Senior Leaving Certificate Examination (including Day School Certificate (Higher) General paper), 1948
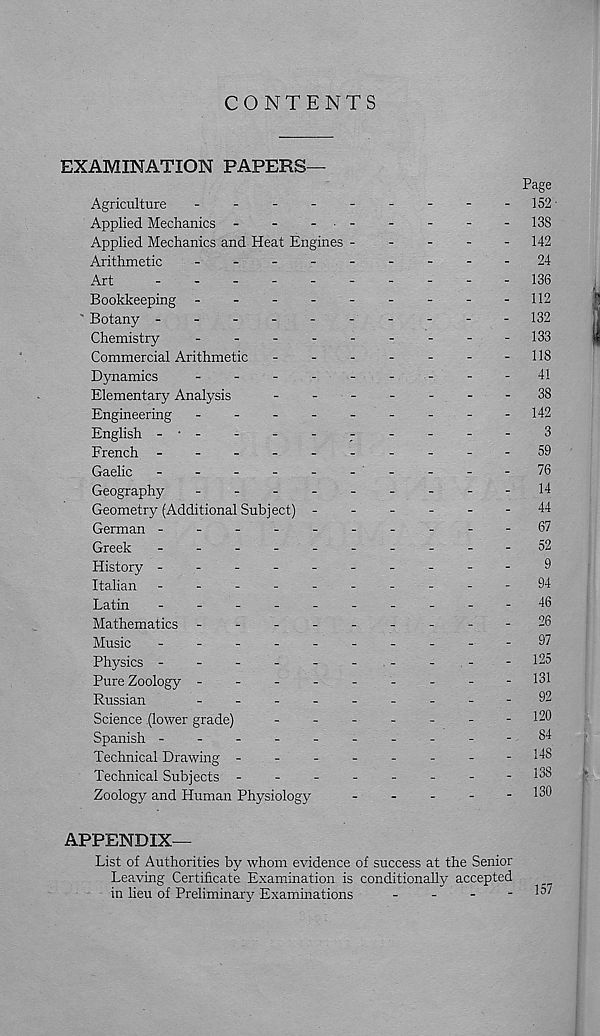
CONTENTS
EXAMINATION PAPERS—
Page
Agriculture
-
-
-
-152
Applied Mechanics -
-
- • -
-
-
-
-138
Applied Mechanics and Heat Engines
142
Arithmetic
24
Art
---136
Bookkeeping -
-
-
-
-
-
-
-
-112
Botany ---------
- 132
Chemistry
-
--
--
--
--133
Commercial Arithmetic
-
-
-
-
-
-
-118
Dynamics
-
-
-
-
-
-
-
-
-41
Elementary Analysis
-
--
--
--38
Engineering -
--
--
--
-- 142
English -
-
-
-
-
-
-
-
-
3
French ----------
59
Gaelic
-
-
-
-76
Geography
-
--
--
--
--14
Geometry (Additional Subject) ------
44
German ----------67
Greek
----------
52
History ----------9
Italian ----------
94
Latin
-
--
--
--
--
-46
Mathematics -
--
--
--
--26
Music
----------
91
Physics ----------125
Pure Zoology --------- 131
Russian
-
--
--
--
--
92
Science (lower grade)
-
-
-
-
-
-
-120
Spanish ----------84
Technical Drawing --------148
Technical Subjects -
-
-
-
-
-
-
-138
Zoology and Human Physiology
-
-
-
-
- 130
APPENDIX—
List of Authorities by whom evidence of success at the Senior
Leaving Certificate Examination is conditionally accepted
in lieu of Preliminary Examinations
-
-
-
- lo/